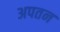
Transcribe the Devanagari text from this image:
अपतन